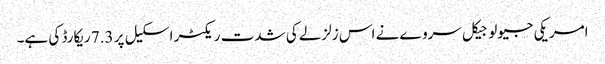
امریکی جیولوجیکل سروے نے اس زلزلے کی شدت ریکٹر اسکیل پر 7.3 ریکارڈ کی ہے۔